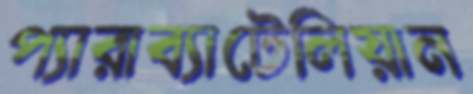
প্যারাব্যাটেলিয়ান